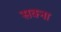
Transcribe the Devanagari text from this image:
सक्ना